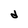
Character: d